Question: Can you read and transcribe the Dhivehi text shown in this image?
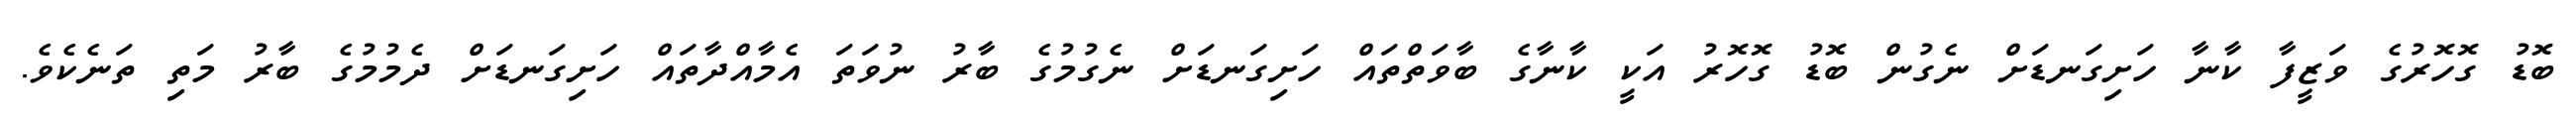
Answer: ބޮޑު ގޮހޮރުގެ ވަޒީފާ ކާނާ ހަށިގަނޑަށް ނެގުން ބޮޑު ގޮހޮރު އަކީ ކާނާގެ ބާވަތްތައް ހަށިގަނޑަށް ނެގުމުގެ ބާރު ނުވަތަ އެމާއްދާތައް ހަށިގަނޑަށް ދެމުމުގެ ބާރު މަތި ތަނެކެވެ.